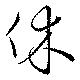
休